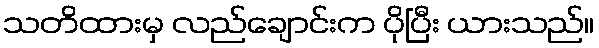
သတိထားမှ လည်ချောင်းက ပိုပြီး ယားသည်။